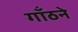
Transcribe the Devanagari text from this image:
गाँठने